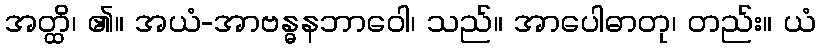
အတ္ထိ၊ ၏။ အယံ-အာဗန္ဓနဘာဝေါ၊ သည်။ အာပေါဓာတု၊ တည်း။ ယံ